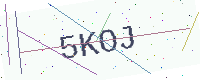
Text: 5KOJ